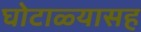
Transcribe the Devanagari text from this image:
घोटाळ्यासह